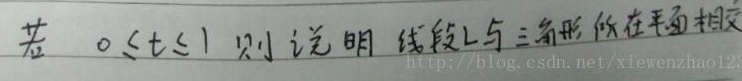
若\(0\leq t\leq1\)，则说明线段\(L\)与三角形所在平面相交。